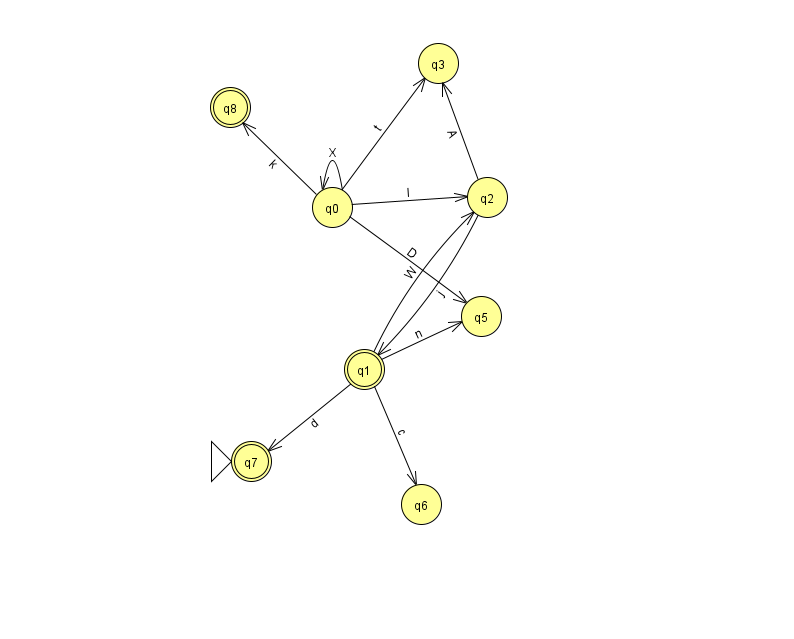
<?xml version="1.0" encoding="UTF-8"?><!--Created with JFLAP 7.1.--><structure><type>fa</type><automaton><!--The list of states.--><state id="0" name="q0"><x>332.0</x><y>194.0</y></state><state id="1" name="q1"><x>364.0</x><y>356.0</y><final/></state><state id="2" name="q2"><x>487.0</x><y>184.0</y></state><state id="3" name="q3"><x>438.0</x><y>50.0</y></state><state id="5" name="q5"><x>481.0</x><y>303.0</y></state><state id="6" name="q6"><x>421.0</x><y>491.0</y></state><state id="7" name="q7"><x>251.0</x><y>448.0</y><initial/><final/></state><state id="8" name="q8"><x>230.0</x><y>94.0</y><final/></state><!--The list of transitions.--><transition><from>0</from><to>5</to><read>D</read></transition><transition><from>1</from><to>7</to><read>d</read></transition><transition><from>0</from><to>3</to><read>t</read></transition><transition><from>1</from><to>5</to><read>n</read></transition><transition><from>0</from><to>2</to><read>I</read></transition><transition><from>1</from><to>2</to><read>W</read></transition><transition><from>0</from><to>0</to><read>X</read></transition><transition><from>1</from><to>6</to><read>c</read></transition><transition><from>2</from><to>1</to><read>j</read></transition><transition><from>2</from><to>3</to><read>A</read></transition><transition><from>0</from><to>8</to><read>k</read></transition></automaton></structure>